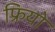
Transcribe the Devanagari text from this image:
फ्रियो